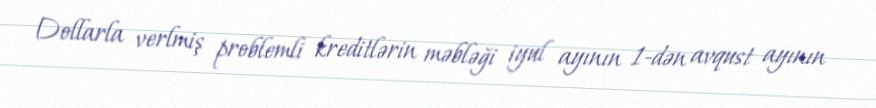
Dollarla verlmiş problemli kreditlərin məbləği iyul ayının 1-dən avqust ayının